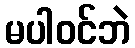
မပါဝင်ဘဲ